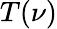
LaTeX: T(\nu)